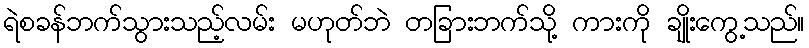
ရဲစခန်ဘက်သွားသည့်လမ်း မဟုတ်ဘဲ တခြားဘက်သို့ ကားကို ချိုးကွေ့သည်။